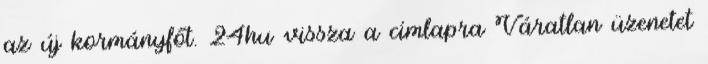
az új kormányfőt. 24hu vissza a címlapra Váratlan üzenetet